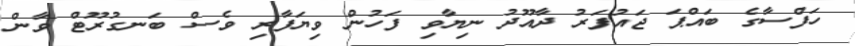
ހަފްސާގެ ބައްޕަ ޖައުފަރު ދާއޫދު ނިޔާވި ފަހުން ވިޔަފާރި ވެސް ބަނގުރޫޓް ވާން